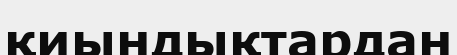
қиындықтардан